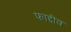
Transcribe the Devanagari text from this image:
फाद्दीव